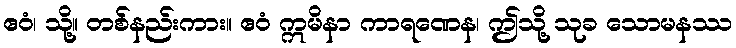
ဧဝံ၊ သို့။ တစ်နည်းကား။ ဧဝံ ဣမိနာ ကာရဏေန၊ ဤသို့ သုခ သောမနဿ